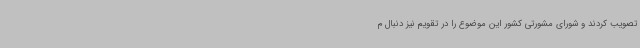
تصویب کردند و شورای مشورتی کشور این موضوع را در تقویم نیز دنبال م